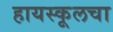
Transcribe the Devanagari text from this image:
हायस्‍कूलचा